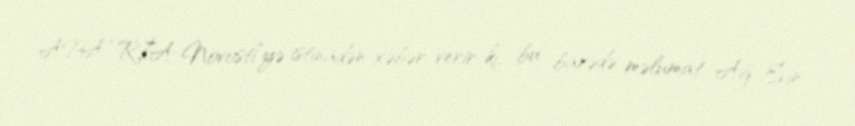
APA “RİA Novosti”yə istinadən xəbər verir ki, bu barədə məlumat Ağ Evin